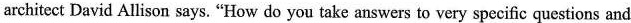
architect David Allison says. "How do you take answers to very specifie questions and